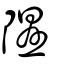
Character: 隰